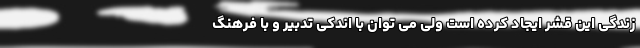
زندگی این قشر ایجاد کرده است ولی می توان با اندکی تدبیر و با فرهنگ